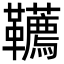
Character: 韉